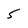
Character: 5